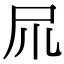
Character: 𡰭